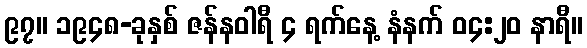
၉၇။ ၁၉၄၈-ခုနှစ် ဇန်နဝါရီ ၄ ရက်နေ့ နံနက် ၀၄:၂၀ နာရီ။